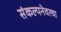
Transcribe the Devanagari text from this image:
संकल्पनेवरचा